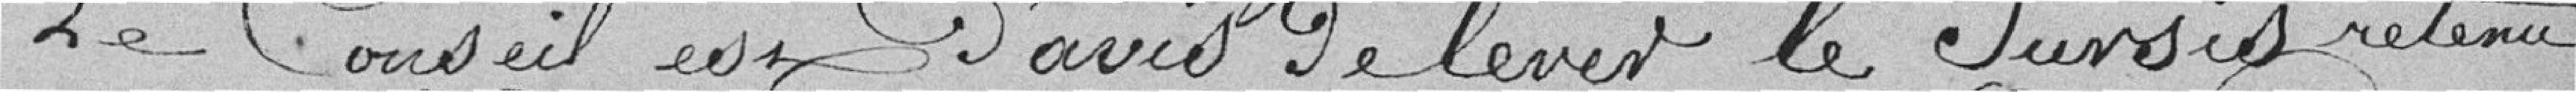
Le Conseil est d'avir de lever le Sursis retenu